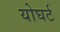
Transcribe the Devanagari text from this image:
योघर्ट